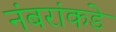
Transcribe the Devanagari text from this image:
नंबरांकडे